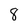
Character: 8